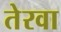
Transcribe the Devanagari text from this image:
तेरवा